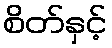
စိတ်နှင့်